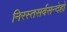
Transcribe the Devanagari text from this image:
निरस्तसर्वसन्देहो